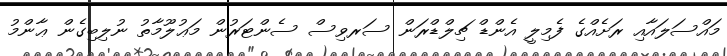
މައްސަލައާއި ރަށެއްގެ ފެމިލީ އެންޑް ޗިލްޑްރަން ސަރވިސް ސެންޓަރުން މަޢުލޫމާތު ނުލިބިގެން ޢާންމު